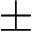
\pm